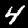
Digit: 4